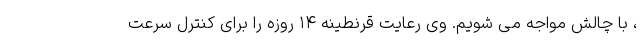
، با چالش مواجه می شویم. وی رعایت قرنطینه ۱۴ روزه را برای کنترل سرعت